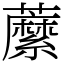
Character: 䕷